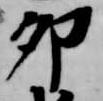
卯